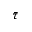
\bar { \tau }